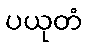
ပယုတံ